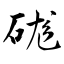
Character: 硥